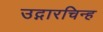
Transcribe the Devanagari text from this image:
उद्गारचिन्ह